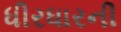
ધીરધારની